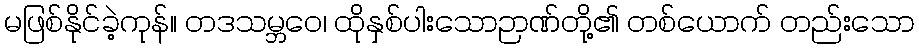
မဖြစ်နိုင်ခဲ့ကုန်။ တဒသမ္ဘဝေ၊ ထိုနှစ်ပါးသောဉာဏ်တို့၏ တစ်ယောက် တည်းသော